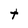
Character: t